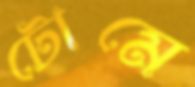
টোমে